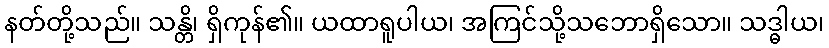
နတ်တို့သည်။ သန္တိ၊ ရှိကုန်၏။ ယထာရူပါယ၊ အကြင်သို့သဘောရှိသော။ သဒ္ဓါယ၊